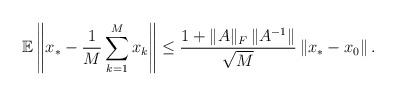
LaTeX: \begin{align*}\mathbb{E}\left\|x_\ast-\frac{1}{M} \sum_{k=1}^{M} x_{k}\right\| \leq \frac{1+\|A\|_{F}\left\|A^{-1}\right\|}{\sqrt{M}} \left\|x_\ast-x_{0}\right\|.\end{align*}